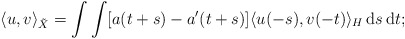
\begin{align*} \langle u,v \rangle_{\tilde X} = \int \int [a(t+s) - a'(t+s)] \langle u(-s), v(-t) \rangle_H \, {\rm d}s \, {\rm d}t;\end{align*}